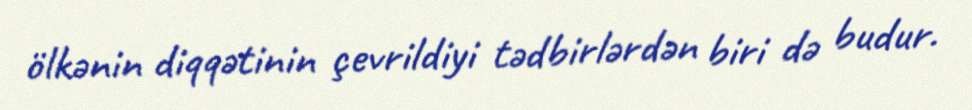
ölkənin diqqətinin çevrildiyi tədbirlərdən biri də budur.